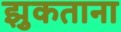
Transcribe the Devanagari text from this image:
झुकताना